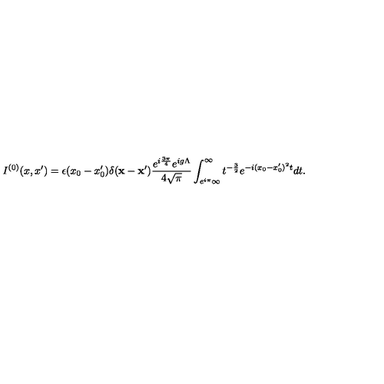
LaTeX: I ^ { ( 0 ) } ( x , x ^ { \prime } ) = \epsilon ( x _ { 0 } - x _ { 0 } ^ { \prime } ) \delta ( { \bf x - x ^ { \prime } } ) \frac { e ^ { i \frac { 3 \pi } { 4 } } e ^ { i g \Lambda } } { 4 \sqrt { \pi } } \int _ { e ^ { i \pi } \infty } ^ { \infty } t ^ { - \frac { 3 } { 2 } } e ^ { - i ( x _ { 0 } - x _ { 0 } ^ { \prime } ) ^ { 2 } t } d t .